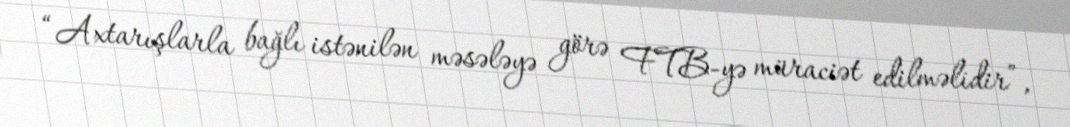
“Axtarışlarla bağlı istənilən məsələyə görə FTB-yə müraciət edilməlidir”,